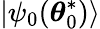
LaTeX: |\psi_{0}(\boldsymbol{\theta}_{0}^{*})\rangle